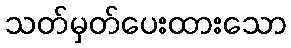
သတ်မှတ်ပေးထားသော